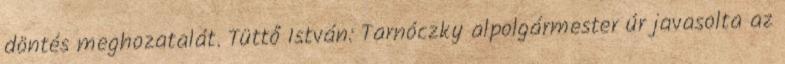
döntés meghozatalát. Tüttő István: Tarnóczky alpolgármester úr javasolta az